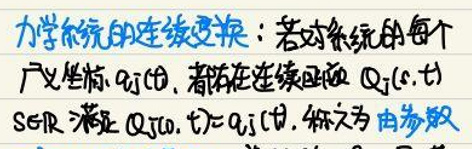
力学系统的连续变换：若对系统的每个广义坐标\(q_i(t)\)，都存在连续函数\(Q_i(s,t)\)满足\(Q_i(0,t)=q_i(t)\)，称为\(由参数\) \(s\)生成的变换。